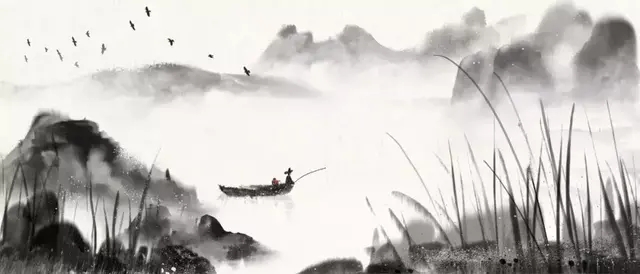
漠漠帆来重，冥冥鸟去迟。